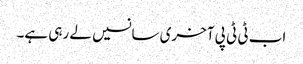
اب ٹی ٹی پی آخری سانسیں لے رہی ہے۔